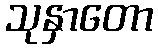
သုနှာတော